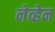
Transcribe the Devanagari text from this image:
नेव्हेन